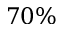
7 0 \%